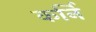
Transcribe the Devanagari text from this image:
कर्नि